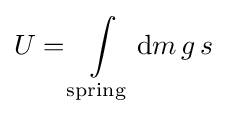
U=\int \limits _{\mathrm {spring} }\mathrm {d} m\,g\,s